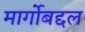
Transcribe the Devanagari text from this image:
मार्गोबद्दल